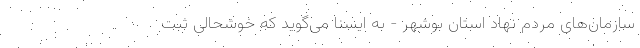
سازمان‌های مردم نهاد استان بوشهر - به ایسنا می‌گوید که خوشحالی ثبت